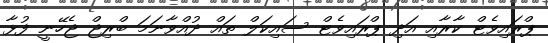
ޕްރައިވެޓް ކާރާއި އަދި ޕްރައިވެޓް ސައިކަލް ތައް ދުއްވާނަމަ ބްރިޖް ޖެހޭނީ ފުޅާ